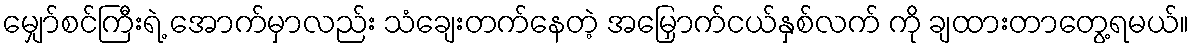
မျှော်စင်ကြီးရဲ့ အောက်မှာလည်း သံချေးတက်နေတဲ့ အမြှောက်ငယ်နှစ်လက် ကို ချထားတာတွေ့ရမယ်။